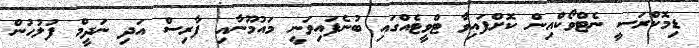
ޑިމޮކްރަސީ ނެޓްވޯކްއިން ކޮށްފައިވާ ޓްވީޓެއްގައި ބުނެފައިވަނީ މައުމޫނާއި ފާރިސް އަދި ނަދީމް ފުލުހުން